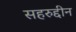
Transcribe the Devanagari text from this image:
सहरुद्दीन